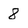
Character: 8